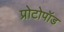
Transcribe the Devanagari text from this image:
प्रोटोपॉड